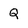
Character: Q